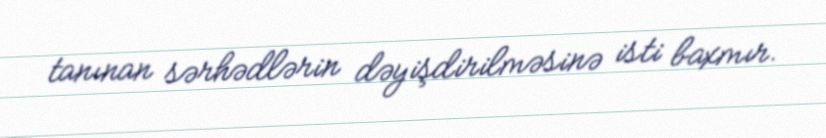
tanınan sərhədlərin dəyişdirilməsinə isti baxmır.